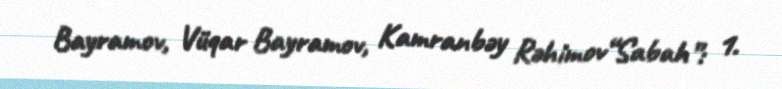
Bayramov, Vüqar Bayramov, Kamranbəy Rəhimov“Sabah”: 1.